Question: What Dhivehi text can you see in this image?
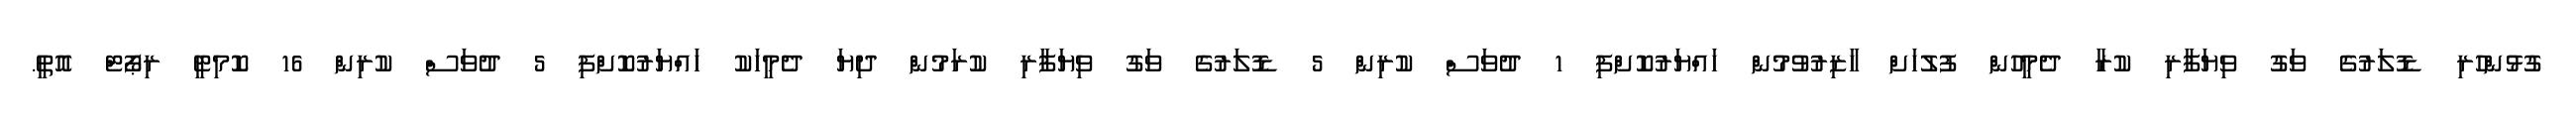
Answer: ގުޅުންހުރި ޑޮލަރުގެ ވަގު ވިޔަފާރި ކުރާ ދެމީހުން ފުލުހަށް ހާޒިރުވުމުން ހައްޔަރުކޮށްފި 1 ދުވަސް ކުރިން 5 ޑޮލަރުގެ ވަގު ވިޔަފާރި ކުރަމުން ދިޔަ ދެމީހަކު ހައްޔަރުކޮށްފި 5 ދުވަސް ކުރިން 16 ކޮމިޓީ ރިޕޯޓް އޮތީ.